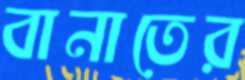
বানাতের